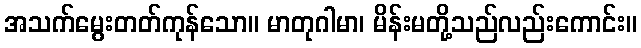
အသက်မွေးတတ်ကုန်သော။ မာတုဂါမာ၊ မိန်းမတို့သည်လည်းကောင်း။